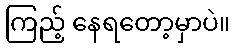
ကြည့် နေရတော့မှာပဲ။